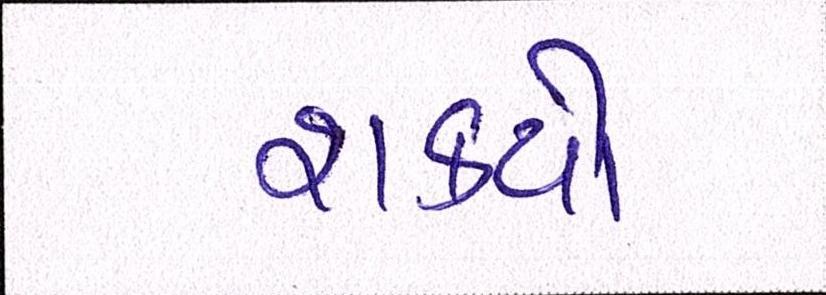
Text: શક્યો